Maa-_ja_perenaiste_seltsid, lk 33
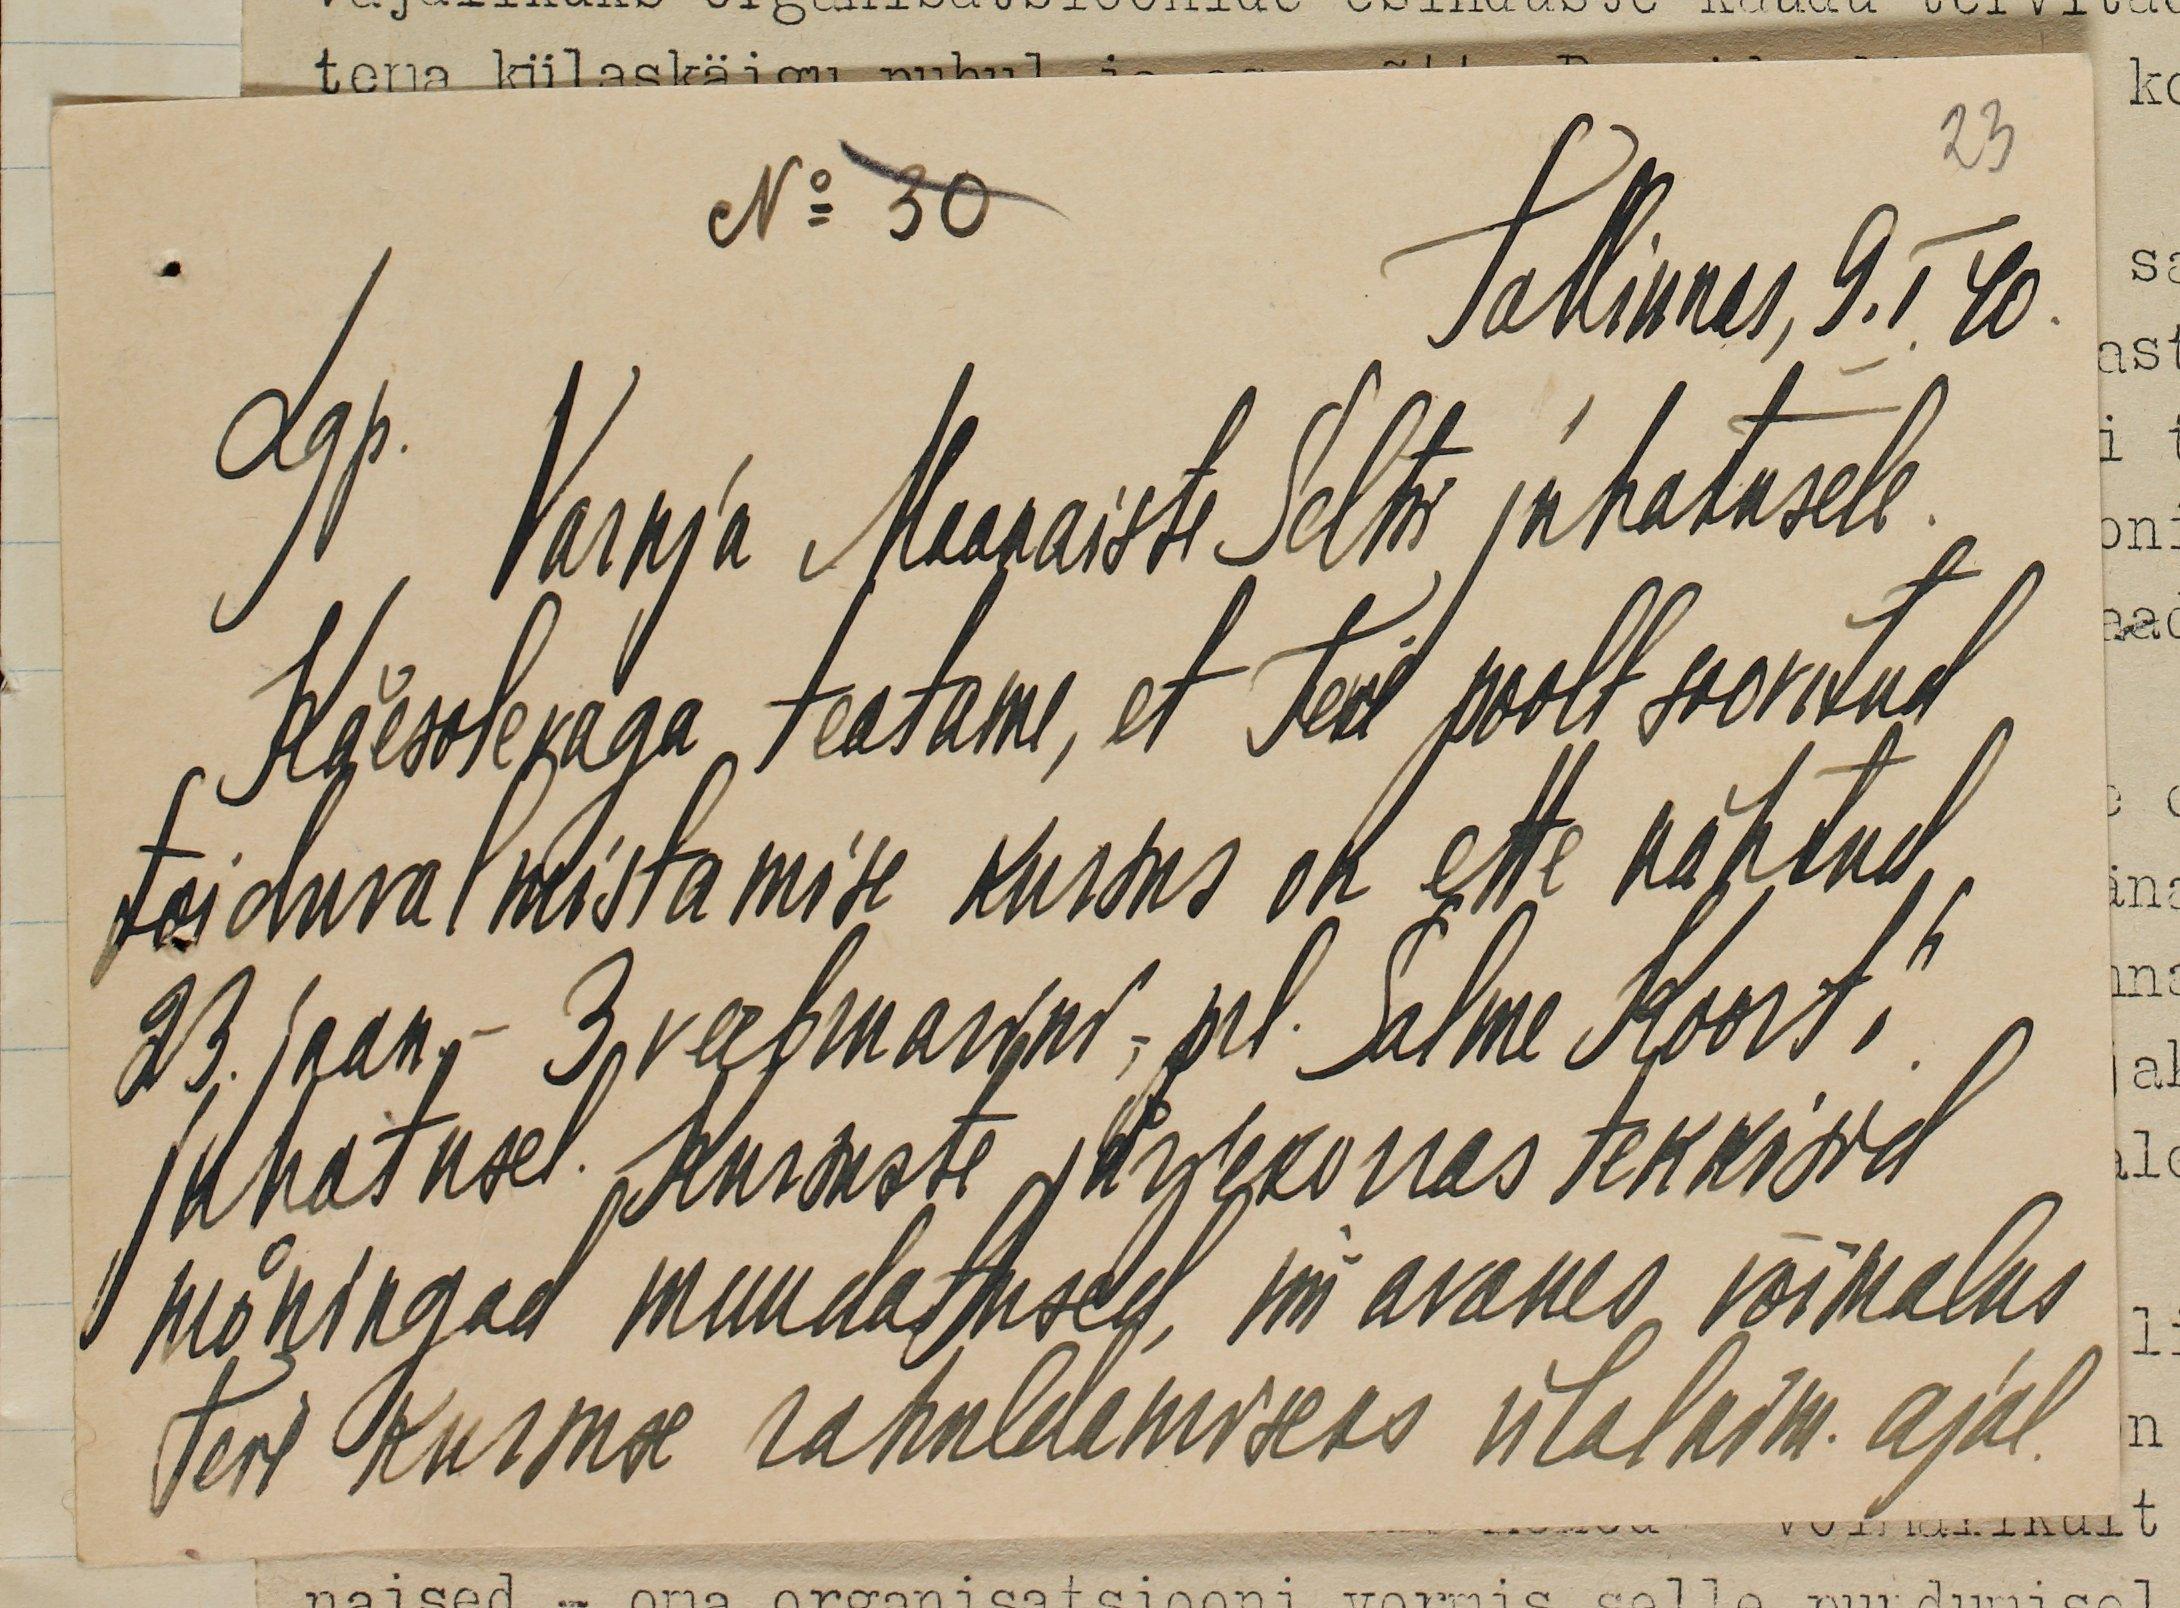
23

No: 30
Tallinnas, 9.I.40.
Lgp.
Varnja Maanaiste Seltsi juhatusele.
Käesolevaga teatame, et Teil poolt soovitud
toiduvalmistamise kursus on ette nähtud
23. jaan. - 3 veebruarini, prl. Salme Koort`i
juhatusel. Kursuste järjekorras tekkisid
mõningad muudatused, nii avanes võimalus
teie kursuse rahuldamiseks ülalnim. ajal